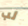
لب